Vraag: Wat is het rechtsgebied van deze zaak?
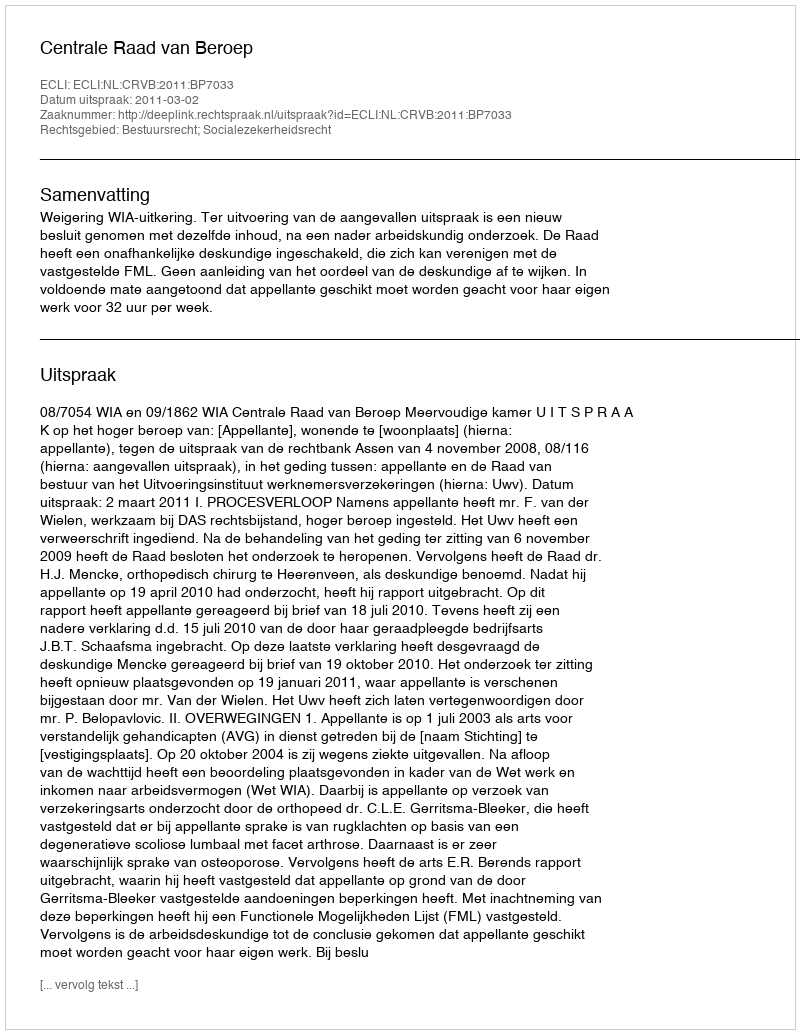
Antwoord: Bestuursrecht; Socialezekerheidsrecht